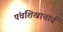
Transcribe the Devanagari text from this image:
पंचशिखाचार्य